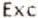
EXC